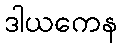
ဒါယကေန